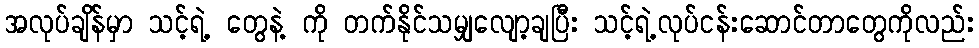
အလုပ်ချိန်မှာ သင့်ရဲ့ တွေနဲ့ ကို တက်နိုင်သမျှလျော့ချပြီး သင့်ရဲ့လုပ်ငန်းဆောင်တာတွေကိုလည်း